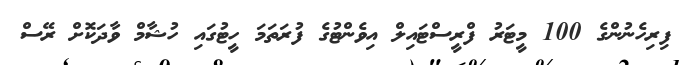
ފިރިހެނުންގެ 100 މީޓަރު ފްރީސްޓައިލް އިވެންޓުގެ ފުރަތަމަ ހީޓުގައި ހުޝާމް ވާދަކޮށް ރޭސް